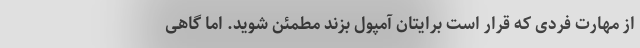
از مهارت فردی که قرار است برایتان آمپول بزند مطمئن شوید. اما گاهی